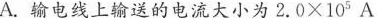
A.输电线上输送的电流大小为$$2 . 0 \times 1 0 ^ { 5 }$$A